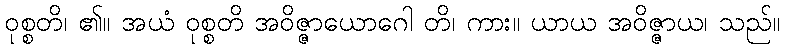
ဝုစ္စတိ၊ ၏။ အယံ ဝုစ္စတိ အဝိဇ္ဇာယောဂေါ တိ၊ ကား။ ယာယ အဝိဇ္ဇာယ၊ သည်။